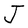
Character: J